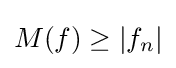
M(f)\geq |f_{n}|